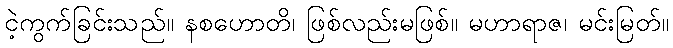
ငဲ့ကွက်ခြင်းသည်။ နစဟောတိ၊ ဖြစ်လည်းမဖြစ်။ မဟာရာဇ၊ မင်းမြတ်။